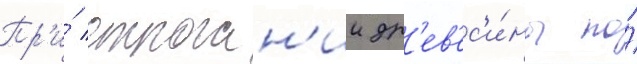
Пр'и́ строган'ии др'ев'ес'и́ны по́